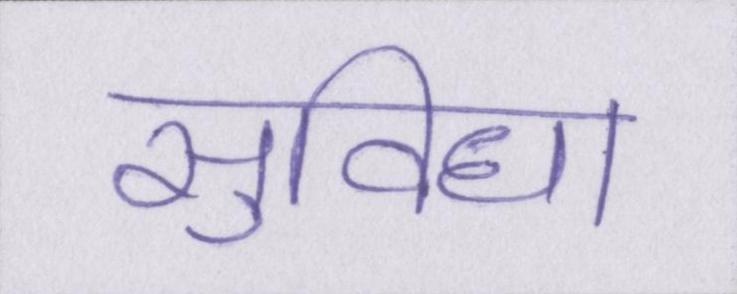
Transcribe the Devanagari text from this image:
सुविधा